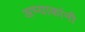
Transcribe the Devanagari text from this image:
अभ्याकांनी